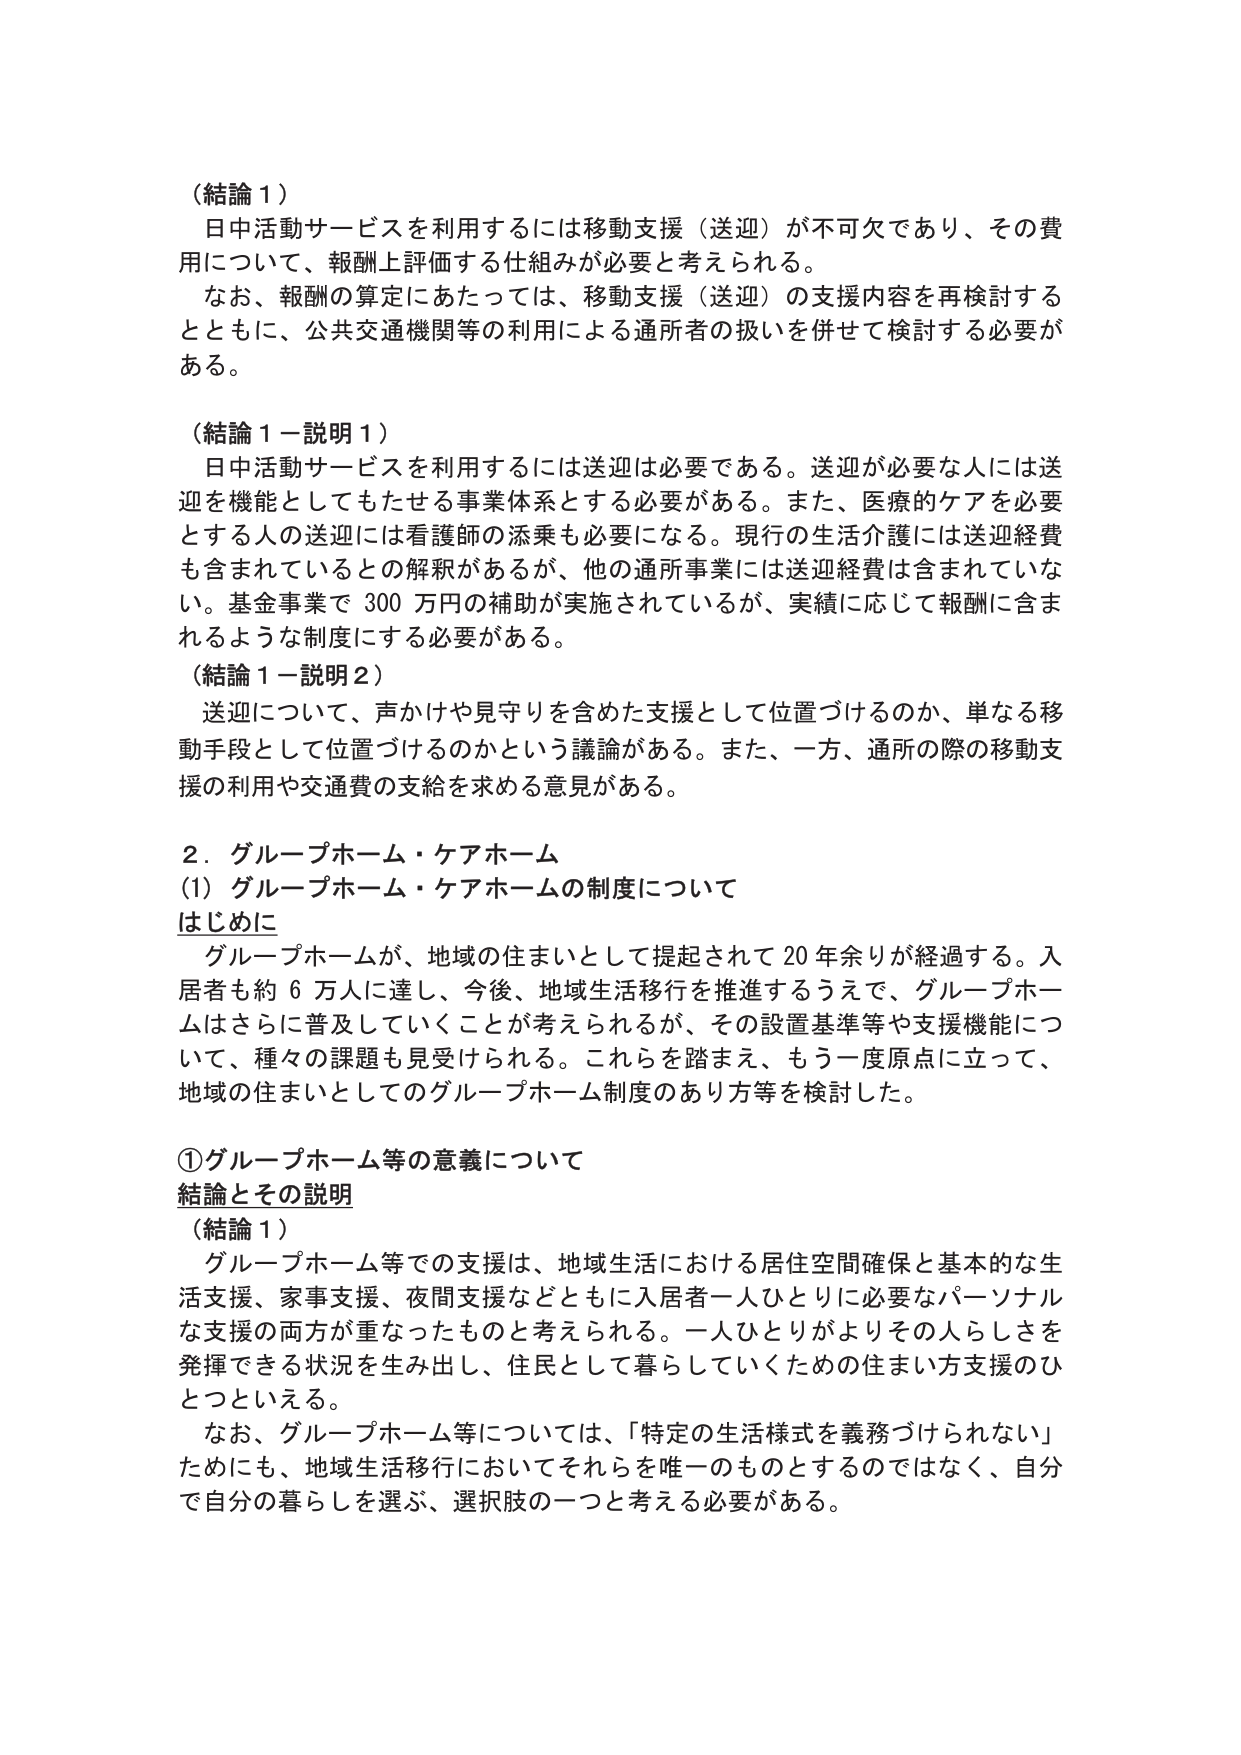
（結論１）
日中活動サービスを利用するには移動支援（送迎）が不可欠であり、その費用について、報酬上評価する仕組みが必要と考えられる。
なお、報酬の算定にあたっては、移動支援（送迎）の支援内容を再検討するとともに、公共交通機関等の利用による通所者の扱いを併せて検討する必要がある。

（結論１－説明１）
日中活動サービスを利用するには送迎は必要である。送迎が必要な人には送迎を機能としてもたせる事業体系とする必要がある。また、医療的ケアを必要とする人の送迎には看護師の添乗も必要になる。現行の生活介護には送迎経費も含まれているとの解釈があるが、他の通所事業には送迎経費は含まれていない。基金事業で300万円の補助が実施されているが、実績に応じて報酬に含まれるような制度にする必要がある。

（結論１－説明２）
送迎について、声かけや見守りを含めた支援として位置づけるのか、単なる移動手段として位置づけるのかという議論がある。また、一方、通所の際の移動支援の利用や交通費の支給を求める意見がある。

２．グループホーム・ケアホーム
（1）グループホーム・ケアホームの制度について
はじめに
グループホームが、地域の住まいとして提起されて20年余りが経過する。入居者も約6万人に達し、今後、地域生活移行を推進するうえで、グループホームはさらに普及していくことが考えられるが、その設置基準等や支援機能について、種々の課題も見受けられる。これらを踏まえ、もう一度原点に立って、地域の住まいとしてのグループホーム制度のあり方等を検討した。

①グループホーム等の意義について
結論とその説明
（結論１）
グループホーム等での支援は、地域生活における居住空間確保と基本的な生活支援、家事支援、夜間支援などともに入居者一人ひとりに必要なパーソナルな支援の両方が重なったものと考えられる。一人ひとりがよりその人らしさを発揮できる状況を生み出し、住民として暮らしていくための住まい方支援のひとつといえる。
なお、グループホーム等については、「特定の生活様式を義務づけられない」ためにも、地域生活移行においてそれらを唯一のものとするのではなく、自分で自分の暮らしを選ぶ、選択肢の一つと考える必要がある。